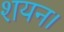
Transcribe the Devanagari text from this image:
शयन।